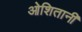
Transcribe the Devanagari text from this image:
ओशितानी